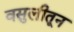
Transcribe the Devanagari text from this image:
वसुलीतून